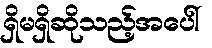
ရှိမရှိဆိုသည့်အပေါ်